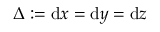
\Delta : = \mathrm { d } x = \mathrm { d } y = \mathrm { d } z